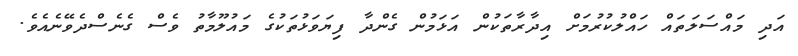
އަދި މައްސަލަތައް ހައްލުކުރުމަށް އިދާރާތަކުން އަޅަމުން ގެންދާ ފިޔަވަޅުތަކުގެ މައުލޫމާތު ވެސް ގެނެސްދެވޭނެއެވެ.